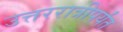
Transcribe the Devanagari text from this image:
उत्तररात्रीपर्यंत